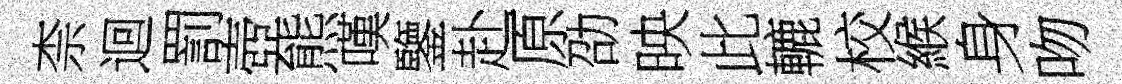
柰迴罰壺熊嘆鑒赴原劭映此轆校緱身吻